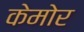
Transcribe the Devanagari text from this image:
केमोर